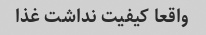
واقعا کیفیت نداشت غذا